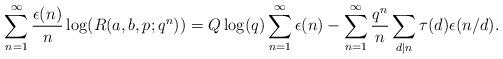
LaTeX: \begin{align*}\sum^{\infty}_{n=1}\frac{\epsilon(n)}{n}\log(R(a,b,p;q^n))=Q\log(q)\sum^{\infty}_{n=1}\epsilon(n)-\sum^{\infty}_{n=1}\frac{q^n}{n}\sum_{d|n}\tau(d)\epsilon(n/d).\end{align*}